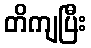
တိကျပြီး